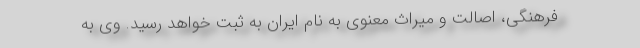
فرهنگی، اصالت و میراث معنوی به نام ایران به ثبت خواهد رسید. وی به